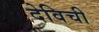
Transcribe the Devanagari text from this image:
देविची